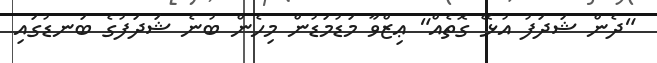
"ދެން ޝަދަފު އުޅޭ ގޮތެއް" ޢިޒްވާ މަޑުމަޑުން މިހެން ބުނެ ޝަދަފުގެ ބަނޑުގައި